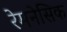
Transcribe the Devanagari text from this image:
रेमनेसिक